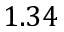
1 . 3 4